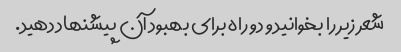
شعر زیر را بخوانید و دو راه برای بهبود آن پیشنهاد دهید.